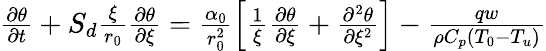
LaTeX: \begin{array}{r}{\frac{\partial\theta}{\partial t}+S_{d}\frac{\xi}{r_{0}}\frac{\partial\theta}{\partial\xi}=\frac{\alpha_{0}}{r_{0}^{2}}\left[\frac{1}{\xi}\frac{\partial\theta}{\partial\xi}+\frac{\partial^{2}\theta}{\partial\xi^{2}}\right]-\frac{qw}{\rho C_{p}(T_{0}-T_{u})}}\end{array}